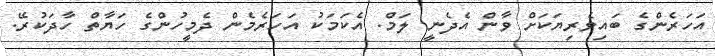
އަހަރެންގެ ބައިވެރިޔަކަށް ވާން އެދެނީ ލަމް. އެކަމަކު އަހަރެމެން ދެމީހުންގެ ހަޔާތް ހާދަކުރޭ.